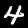
Label: 4